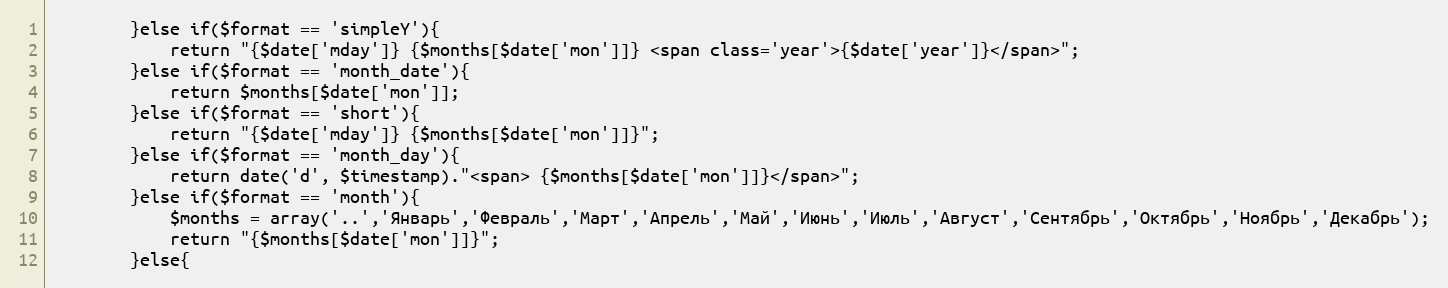
Language: PHP
        }else if($format == 'simpleY'){
            return "{$date['mday']} {$months[$date['mon']]} <span class='year'>{$date['year']}</span>";
        }else if($format == 'month_date'){
            return $months[$date['mon']];
        }else if($format == 'short'){
            return "{$date['mday']} {$months[$date['mon']]}";
        }else if($format == 'month_day'){
            return date('d', $timestamp)."<span> {$months[$date['mon']]}</span>";
        }else if($format == 'month'){
            $months = array('..','Январь','Февраль','Март','Апрель','Май','Июнь','Июль','Август','Сентябрь','Октябрь','Ноябрь','Декабрь');
            return "{$months[$date['mon']]}";
        }else{